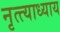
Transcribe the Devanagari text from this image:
नृत्त्याध्याय